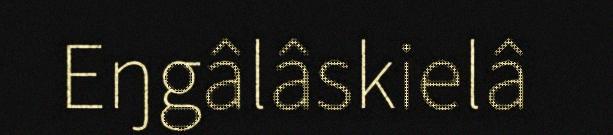
Eŋgâlâskielâ